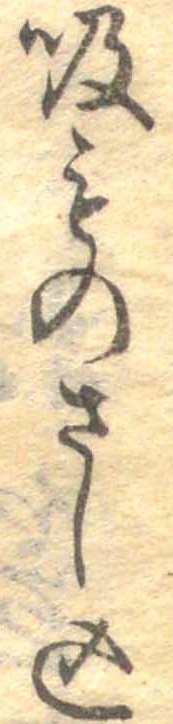
吸ものさし込